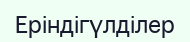
Еріндігүлділер